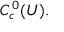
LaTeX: C _ { c } ^ { 0 } ( U ) .